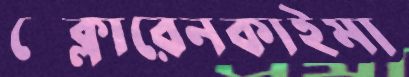
স্ক্লোরেনকাইমা